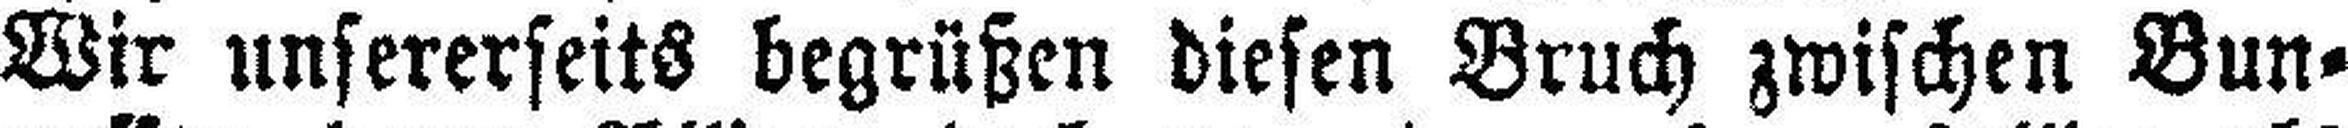
Wir unsererseits begrüßen diesen Bruch zwischen Bun¬